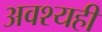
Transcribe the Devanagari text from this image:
अवश्यही